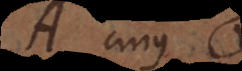
A cujus r